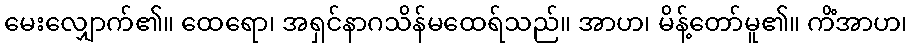
မေးလျှောက်၏။ ထေရော၊ အရှင်နာဂသိန်မထေရ်သည်။ အာဟ၊ မိန့်တော်မူ၏။ ကိံအာဟ၊